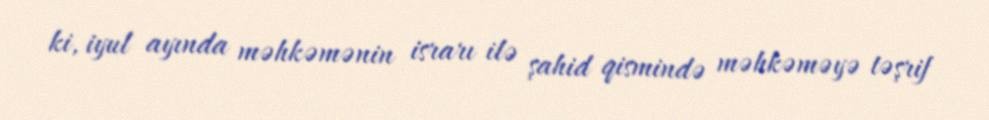
ki, iyul ayında məhkəmənin israrı ilə şahid qismində məhkəməyə təşrif